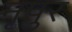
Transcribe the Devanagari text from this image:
नृपुर